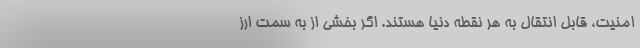
امنیت، قابل انتقال به هر نقطه دنیا هستند. اگر بخشی از به سمت ارز